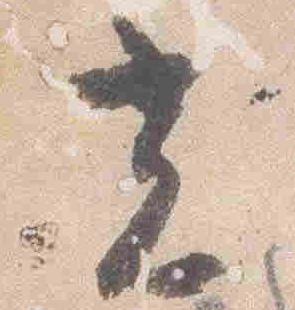
光